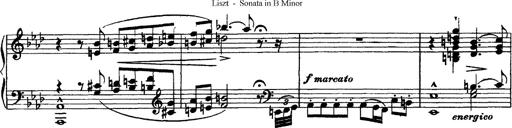
Title: Piano Sonata
Composer: Karl HÃ¤ssler
Key: C major